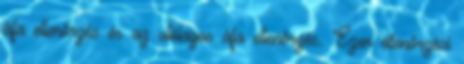
áfa ellenőrzés és az utólagos áfa ellenőrzés. Ezen ellenőrzési